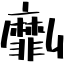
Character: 劘